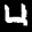
Label: 4